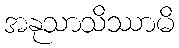
အနုသာသိဿာမိ